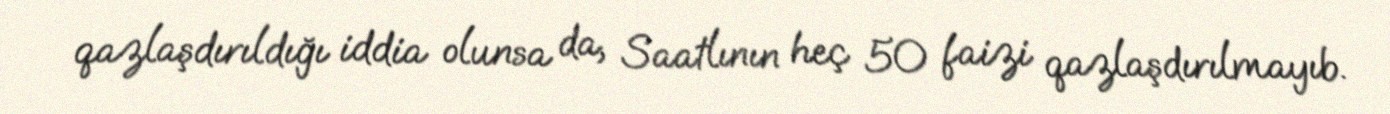
qazlaşdırıldığı iddia olunsa da, Saatlının heç 50 faizi qazlaşdırılmayıb.